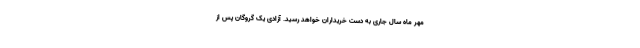
مهر ماه سال جاری به دست خریداران خواهد رسید. آزادی یک گروگان پس از